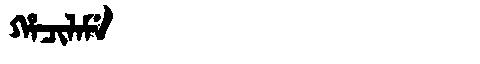
Manchu: ᡥᠠᠴᡳᠯᠠᠮᡝ
Romanization: HACILAME